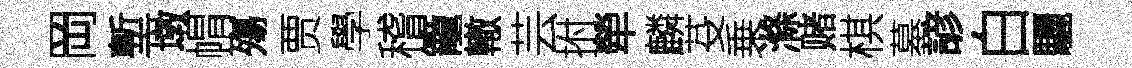
岡塹墩㡌殤贾學稽籠轍芸拊犖麟芟乗滌赌棋墓諺白驪